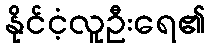
နိုင်ငံ့လူဦးရေ၏